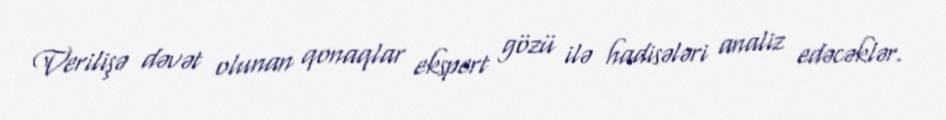
Verilişə dəvət olunan qonaqlar ekspert gözü ilə hadisələri analiz edəcəklər.